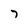
Character: 7